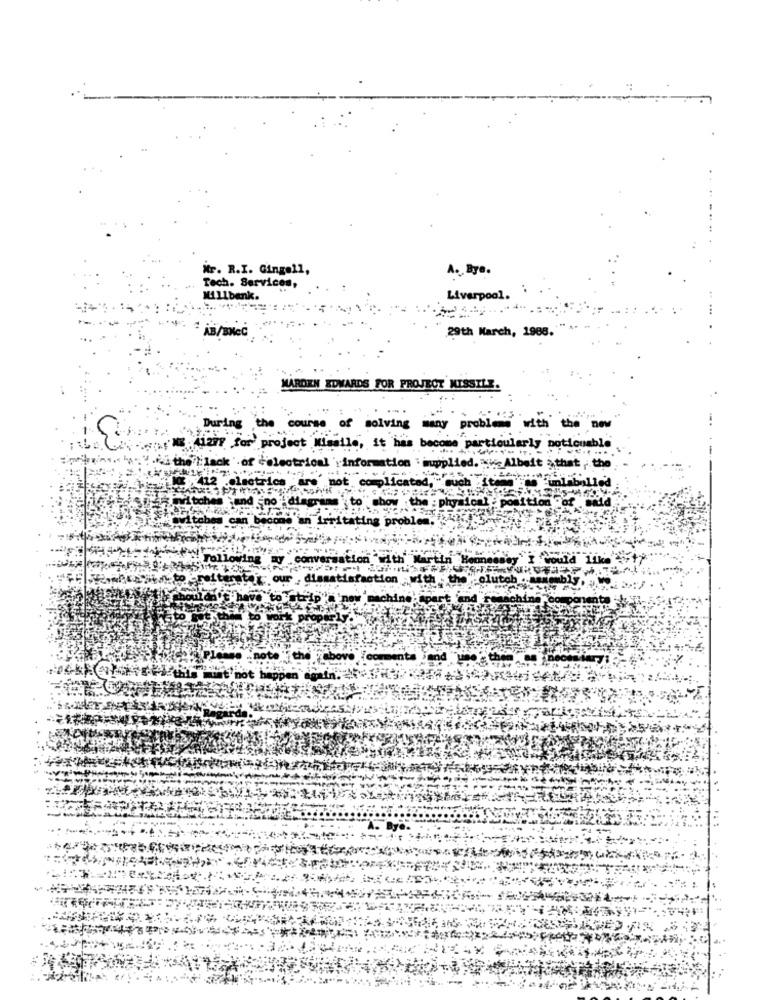
Mr. R.I. Gingell,
A. Bye.
Tech. Services
Liverpool. :
Ml1benk.
29th March, 1988.
MARDEN EDWARDS FOR PROJECT KISSILE.
Durin
of solving many problems
with
the
TALE CANSARME Mary for proje
le, it has become particularly noticumble
-
imtilmins .. .. " .f. the }' lack of
information : supplied. is Albeit >that , the
oplicated,euch
to" show the : physical : position of
ing problem.
Mi Following
ition "with
a with Martin Hennesse
n Hennessey
isfaction with the olutch